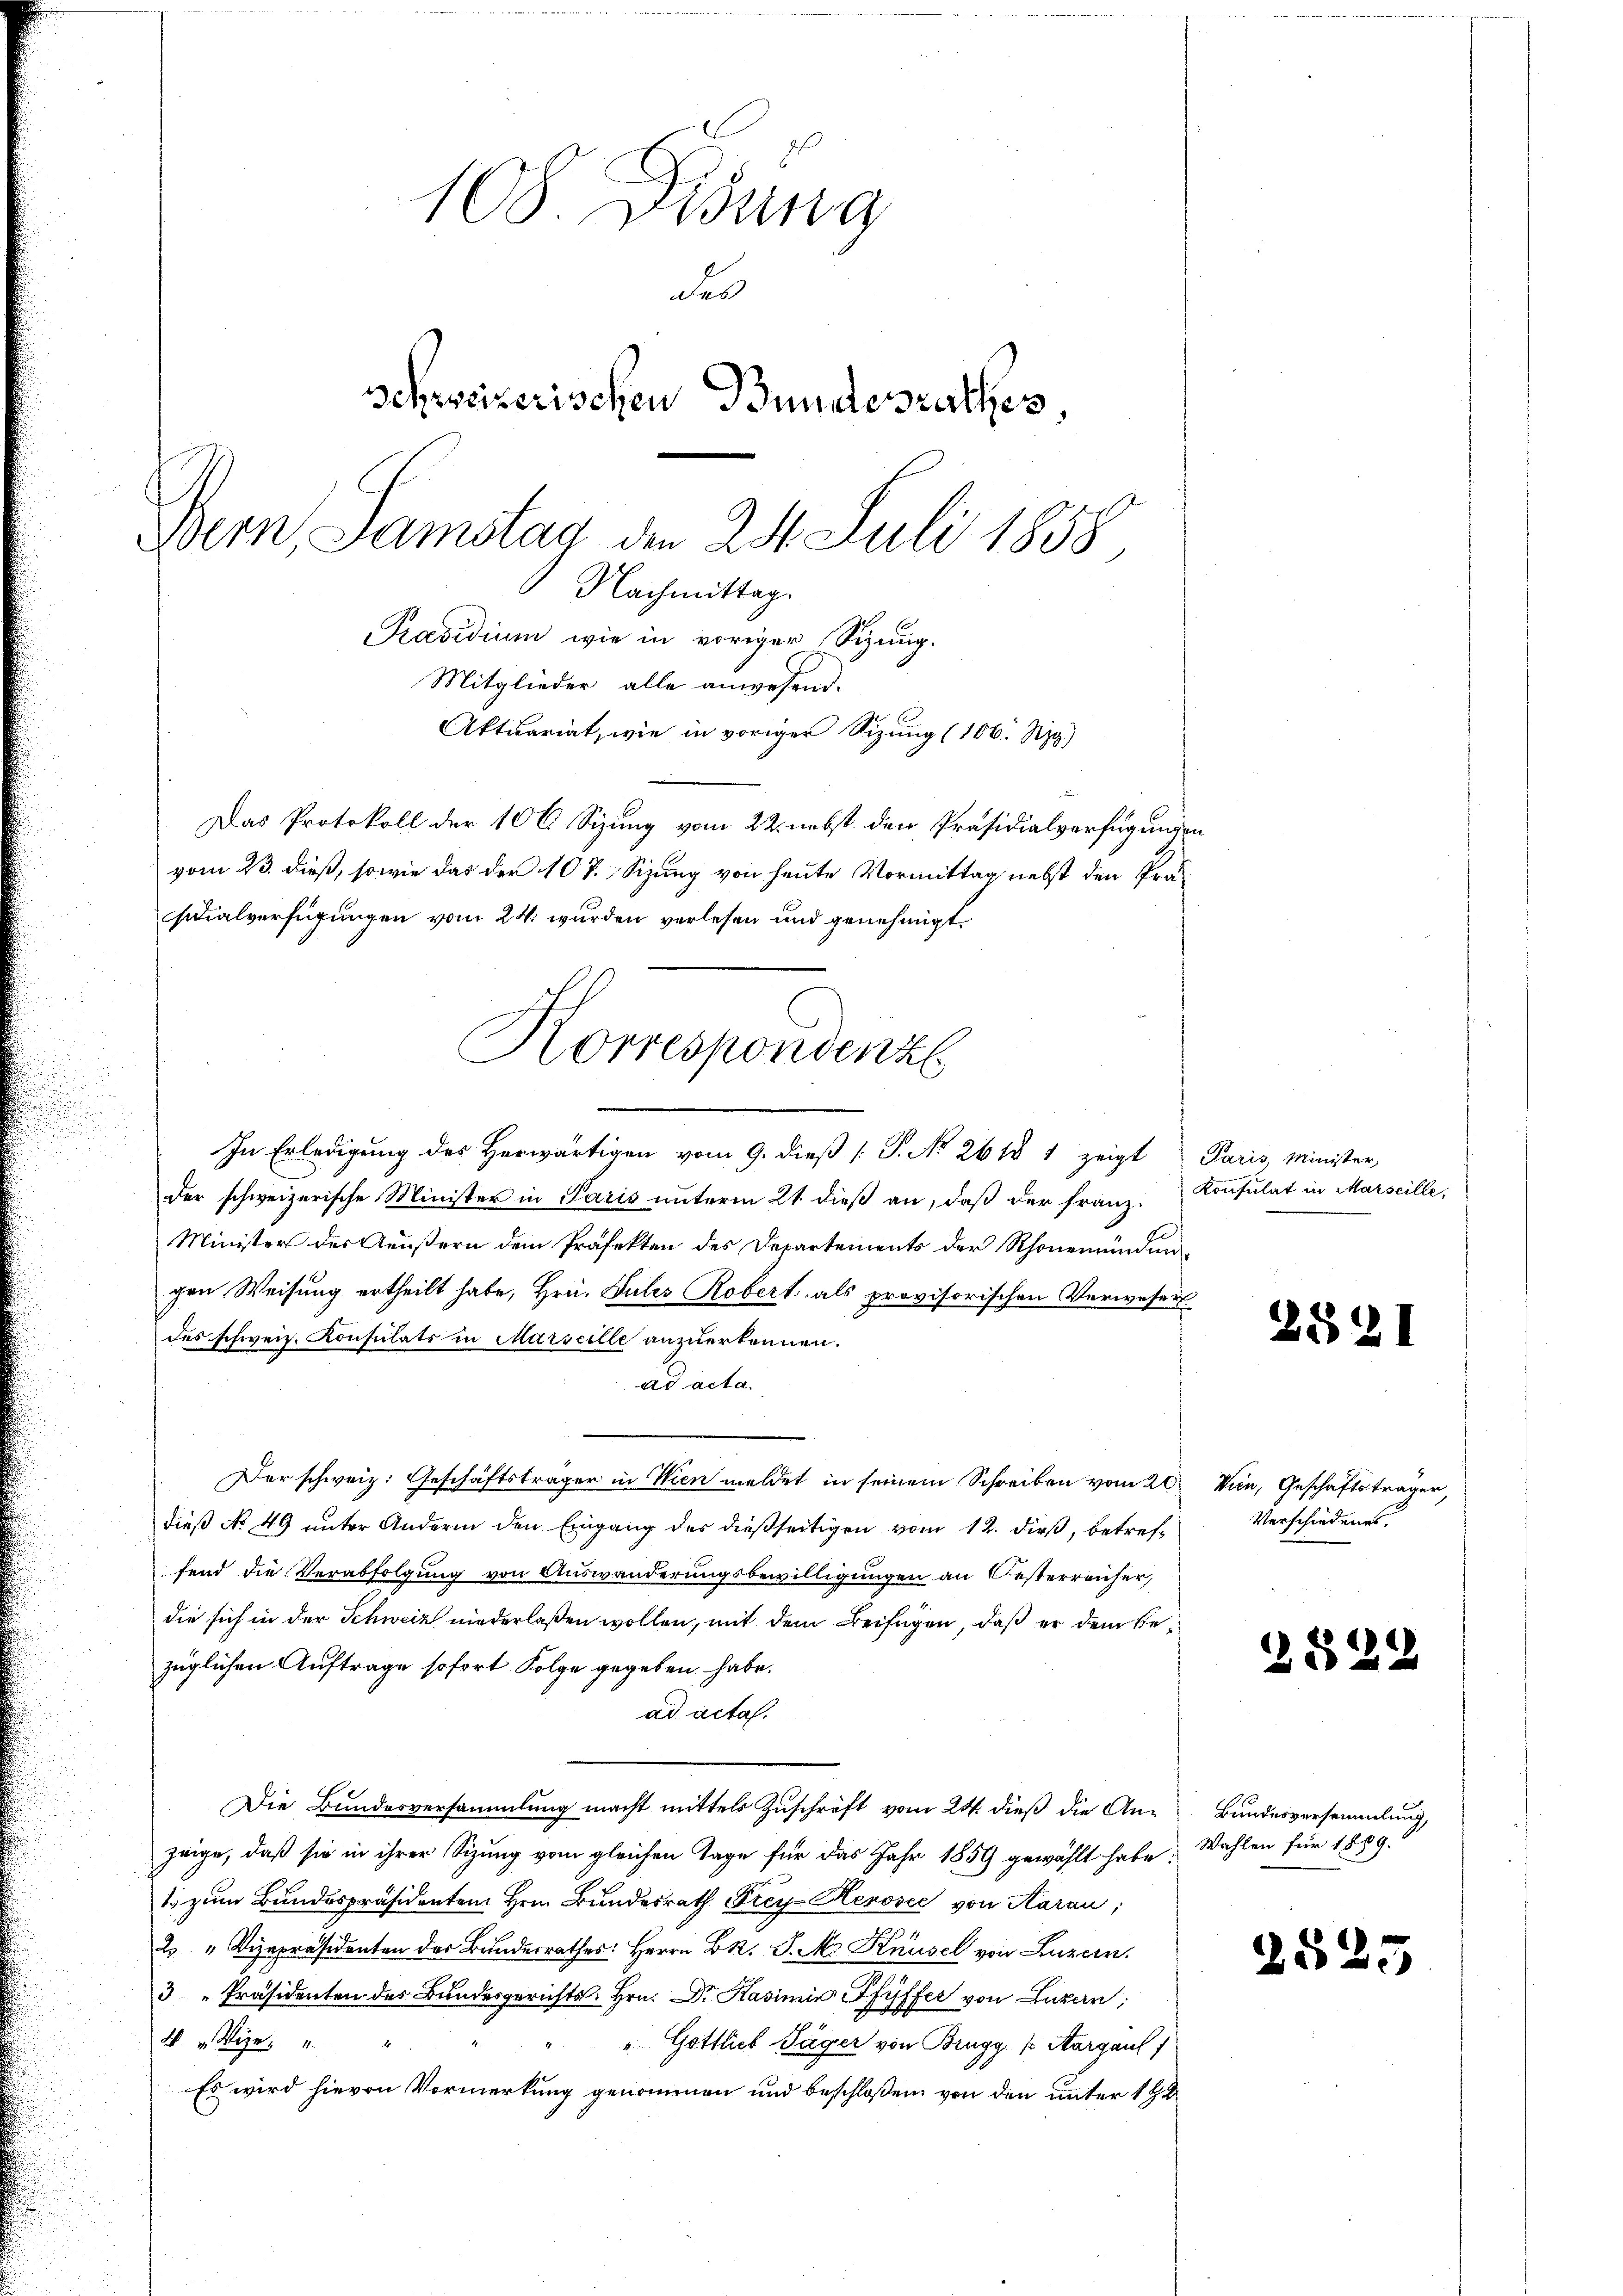
108. Disung
des
schweizerischen Bundesrathes,
Dein Samstag an 24. Juli 1858
Nachmittag.
Präsidium wie in voriger Sizung.
Mitglieder alle anwesend.

Aktuariat, wie in voriger Sizung (106. Sig)
Das Protokoll der 10 C Sizung vom 22. nebst den Präsidialverfügungen

vom 23. dieß, sowie das der 10 t. Sizung von heute Vormittag nebst den Präsidialverfügungen vom 24. wurden verlesen und genehmigt.
In Erledigung des Herwärtigen vom 9. dieß (S. No 2618 1 zeigt Paris, Minister
der schweizerische Minister in Paris unterm 21. dieß an, daß der Franz. Konsulat in Marseille,
Minister des Aeußern dem Präfekten des Departements der Rhonemündungen Weisung ertheilt habe, Hrn. Gutes Robert als provisorischen Verwesen
des schweiz. Konsulats in Marseille anzuerkennen.
dd acta.
Der schweiz. Geschäftsträger in Wien meldet in seinem Schreiben vom 20. Wien, Geschäftsträger,
dieß No 49 unter Andern den Eingang des dießseitigen vom 12. dieß, betreffend die Verabfolgung von Auswanderungsbewilligungen an Oesterreicher,
die sich in der Schweiz niederlaßen wollen, mit dem Beifügen, daß er dem Bezüglichen Auftrage sofort Folge gegeben habe.
ad acta.
Die Bundesversammlung macht mittels Zuschrift vom 24. dieß die An- Bundesversammlung,
zeige, daß sie in ihrer Sizung vom gleichen Tage für das Jahr 1859 gewählt habe:
1 zum Bundespräsidenten Hrn. Bundesrath Frey-Kerosec von Aarau,
2. " Vizepräsidenten der Bundesrathes: Herrn BR. P. M. Knüsel von Luzern,
3 " Präsidenten des Bundesgerichts- hrn. Dr. Kasimir Pfyffer von Lazar,
W. v. Wie
" Gottlieb Jäger von Brugg (Aargau)
Es wird hievon Vormerkung genommen und beschloßen von den unter 184

Korrespondenz

2521

.

Verschiedenes.

2522

Wahlen für 1889.

2525